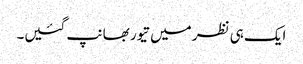
ایک ہی نظر میں تیور بھانپ گئیں۔